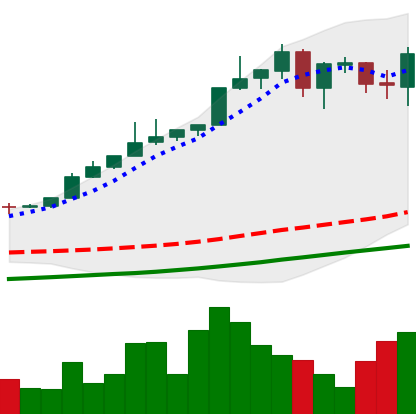
Ticker: BTC-USD
Chart end date: 2017-05-17
Forward return: 18.178%
Label: up_7plus